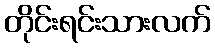
တိုင်းရင်းသားလက်